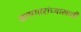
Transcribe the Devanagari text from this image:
कामगारांच्यासाठी